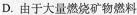
D.由于大量燃烧矿物燃料